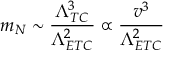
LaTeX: m _ { N } \sim { \frac { \Lambda _ { T C } ^ { 3 } } { \Lambda _ { E T C } ^ { 2 } } } \propto { \frac { v ^ { 3 } } { \Lambda _ { E T C } ^ { 2 } } }